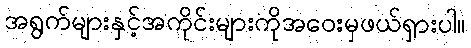
အရွက်များနှင့်အကိုင်းများကိုအဝေးမှဖယ်ရှားပါ။